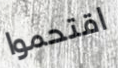
اقتحموا